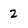
Character: 2